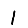
Digit: 1